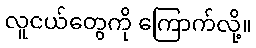
လူငယ်တွေကို ကြောက်လို့။